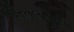
જોરતલબીના